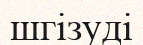
шгізуді